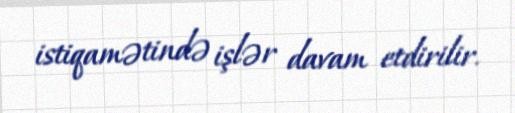
istiqamətində işlər davam etdirilir.